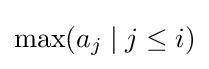
\max(a_{j}\mid j\leq i)